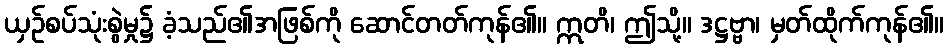
ယှဉ်စပ်သုံးစွဲမှု၌ ခံ့သည်၏အဖြစ်ကို ဆောင်တတ်ကုန်၏။ ဣတိ၊ ဤသို့။ ဒဋ္ဌဗ္ဗာ၊ မှတ်ထိုက်ကုန်၏။